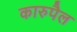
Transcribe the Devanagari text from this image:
कारुपैल